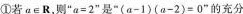
①若a\in R，则”$$a = 2$$” 是 ” $$( a - 1 ) ( a - 2 ) = 0$$”的充分